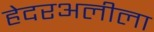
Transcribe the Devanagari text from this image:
हेदरअलीला